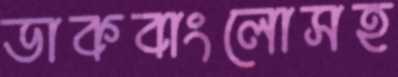
ডাকবাংলোসহ